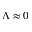
\Lambda \approx 0